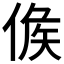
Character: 𠊱